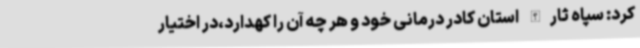
کرد: سپاه ثارالله استان کادر درمانی خود و هر چه آن را کهدارد،در اختیار